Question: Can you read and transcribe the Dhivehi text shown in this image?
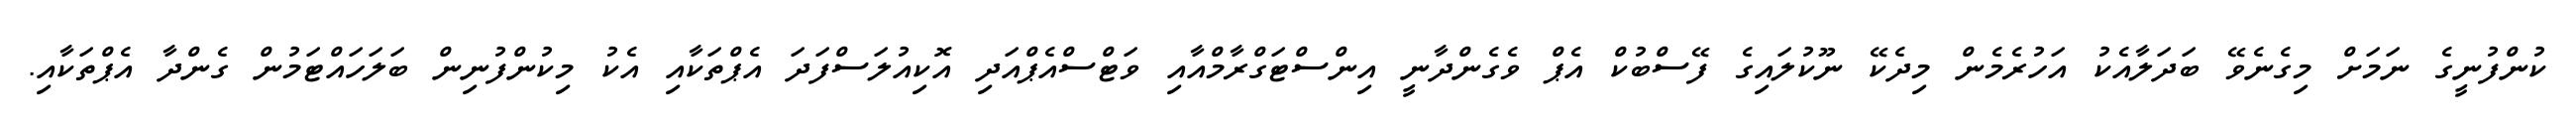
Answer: ކުންފުނީގެ ނަމަށް މިގެނެވޭ ބަދަލާއެކު އަހުރެމެން މިދެކޭ ނޫކުލައިގެ ފޭސްބުކް އެޕް ވެގެންދާނީ އިންސްޓަގްރާމްއާއި ވަޓްސްއެޕްއަދި އޮކިއުލަސްފަދަ އެޕްތަކާއި އެކު މިކުންފުނިން ބަލަހައްޓަމުން ގެންދާ އެޕްތަކާއި.